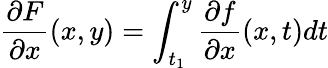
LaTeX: {\frac{\partial F}{\partial x}}(x,y)=\int_{t_{1}}^{y}{\frac{\partial f}{\partial x}}(x,t)dt